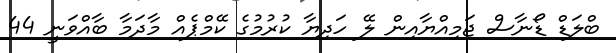
ބްލަޑް ޑޯނާސް ޖަމިއްޔާއިން ލޭ ހަދިޔާ ކުރުމުގެ ކޭމްޕެއް މާދަމާ ބާއްވަނީ 44